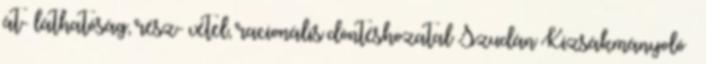
át- láthatóság, rész- vétel, racionális döntéshozatal Szudán Kizsákmányoló –